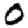
Digit: 0